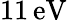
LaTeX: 11\, \mathrm{eV}